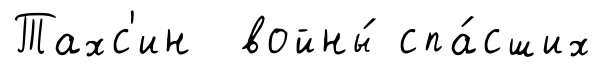
Тахс'ин войны́ спа́сших